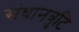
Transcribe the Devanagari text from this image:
संधानत्रुटि